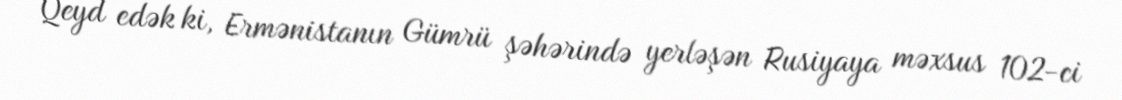
Qeyd edək ki, Ermənistanın Gümrü şəhərində yerləşən Rusiyaya məxsus 102-ci